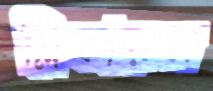
স্লিকারস